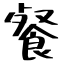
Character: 餐